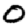
Digit: 0